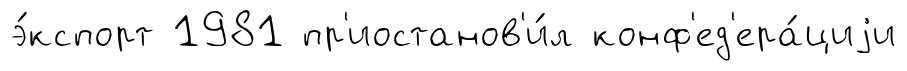
э́кспорт 1981 пр'иостанов'и́л конф'ед'ера́циjи